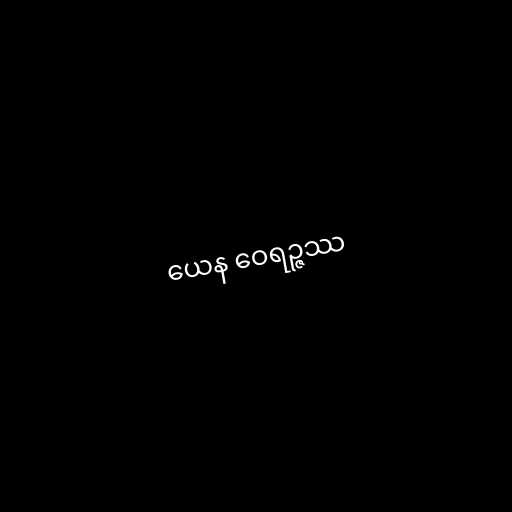
ယေန ဝေရဉ္ဇဿ